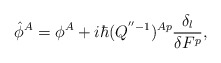
\begin{align*}\hat{\phi}^A=\phi^A+i\hbar(Q^{''-1})^{Ap} \frac{\delta_l}{\delta F^p},\end{align*}